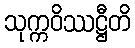
သုက္ကဝိဿဋ္ဌီတိ